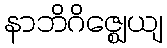
နာဘိဂိဇ္ဈေယျ